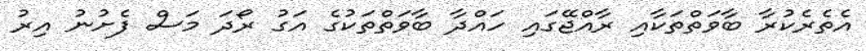
އެތެރެކުރާ ބާވަތްތަކާއި ރާއްޖޭގައި ހައްދާ ބާވަތްތަކުގެ އަގު ރޯދަ މަސް ފެށުނު އިރު